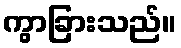
ကွာခြားသည်။